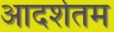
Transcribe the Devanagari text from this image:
आदर्शतम